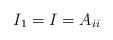
LaTeX: \begin{align*}I_{1}=I=A_{ii}\end{align*}